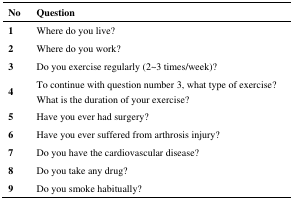
<table><thead><tr><td><b>No</b></td><td><b>Question</b></td></tr></thead><tbody><tr><td><b>1</b></td><td>Where do you live?</td></tr><tr><td><b>2</b></td><td>Where do you work?</td></tr><tr><td><b>3</b></td><td>Do you exercise regularly (2∼3 times/week)?</td></tr><tr><td rowspan="2"><b>4</b></td><td>To continue with question number 3, what type of exercise?</td></tr><tr><td>What is the duration of your exercise?</td></tr><tr><td><b>5</b></td><td>Have you ever had surgery?</td></tr><tr><td><b>6</b></td><td>Have you ever suffered from arthrosis injury?</td></tr><tr><td><b>7</b></td><td>Do you have the cardiovascular disease?</td></tr><tr><td><b>8</b></td><td>Do you take any drug?</td></tr><tr><td><b>9</b></td><td>Do you smoke habitually?</td></tr></tbody></table>